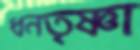
ধনতৃষ্ণা